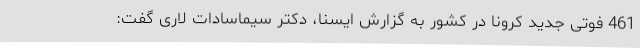
461 فوتی جدید کرونا در کشور به گزارش ایسنا، دکتر سیماسادات لاری گفت: